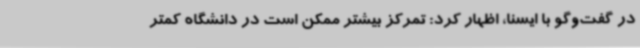
در گفت‌وگو با ایسنا، اظهار کرد: تمرکز بیشتر ممکن است در دانشگاه کمتر